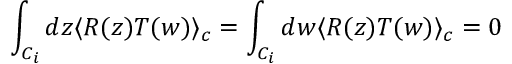
\int _ { C _ { i } } d z \langle R ( z ) T ( w ) \rangle _ { c } = \int _ { C _ { i } } d w \langle R ( z ) T ( w ) \rangle _ { c } = 0